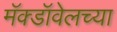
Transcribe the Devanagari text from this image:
मॅक्डॉवेलच्या